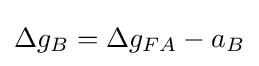
\Delta g_{B}=\Delta g_{FA}-a_{B}